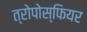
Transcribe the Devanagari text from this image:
त्रोपोस्फियर